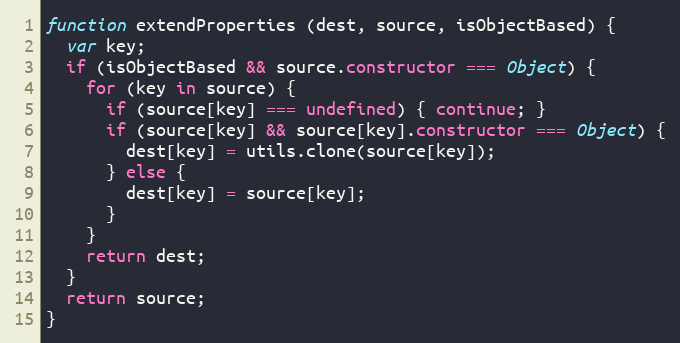
Language: JavaScript
function extendProperties (dest, source, isObjectBased) {
  var key;
  if (isObjectBased && source.constructor === Object) {
    for (key in source) {
      if (source[key] === undefined) { continue; }
      if (source[key] && source[key].constructor === Object) {
        dest[key] = utils.clone(source[key]);
      } else {
        dest[key] = source[key];
      }
    }
    return dest;
  }
  return source;
}